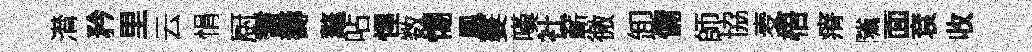
潸矜里云悁厨耆壽鼇呫惺数惕鳳萋嘆社蔪徼卸傭師協麦梧瘠隲面袞收